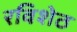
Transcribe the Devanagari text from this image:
रविशेठ